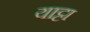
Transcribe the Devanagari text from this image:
याट्टा